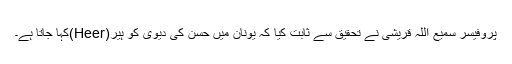
پروفیسر سمیع اللہ قریشی نے تحقیق سے ثابت کیا کہ یونان میں حسن کی دیوی کو ہیر(Heer)کہا جاتا ہے۔